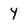
Character: Y